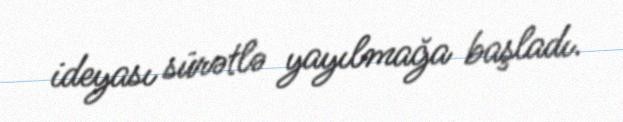
ideyası sürətlə yayılmağa başladı.